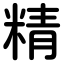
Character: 精